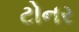
ટોનર